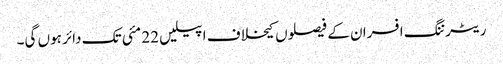
ریٹرننگ افسران کے فیصلوں کیخلاف اپیلیں 22 مئی تک دائر ہوں گی۔